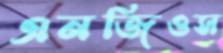
এনজিওস